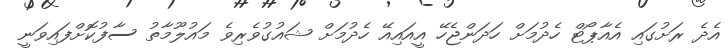
އެދެ ރަށުގައި އެއާޕޯޓް ހެދުމަށް ހަދަންޖެހޭ އީއައިއޭ ހެދުމަށް ޝައުގުވެރިވެ މައުލޫމާތު ސާފުކޮށްފައިވަނީ